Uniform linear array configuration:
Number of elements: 64
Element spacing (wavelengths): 0.5
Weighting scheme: binomial
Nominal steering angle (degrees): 60
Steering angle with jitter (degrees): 59.155
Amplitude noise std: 0.05
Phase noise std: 0.05

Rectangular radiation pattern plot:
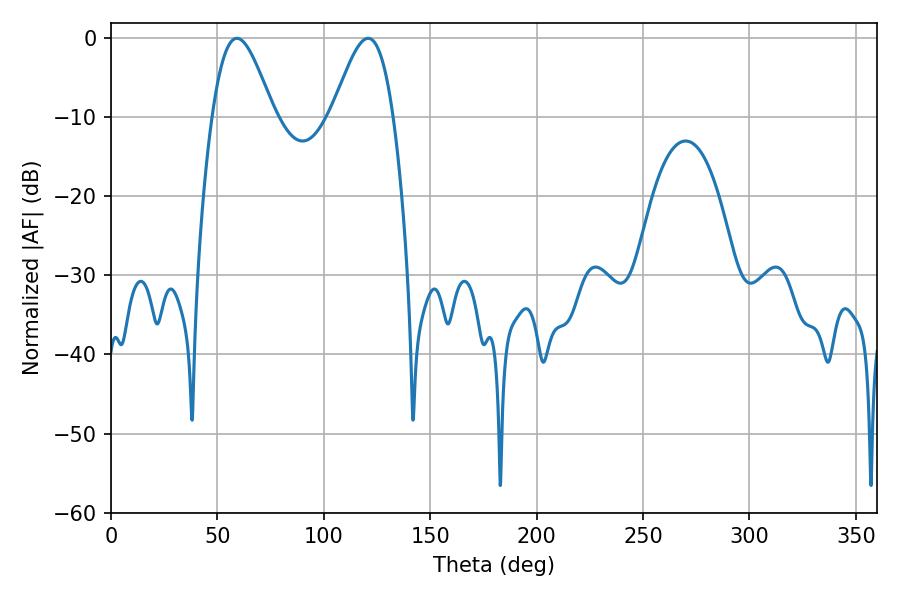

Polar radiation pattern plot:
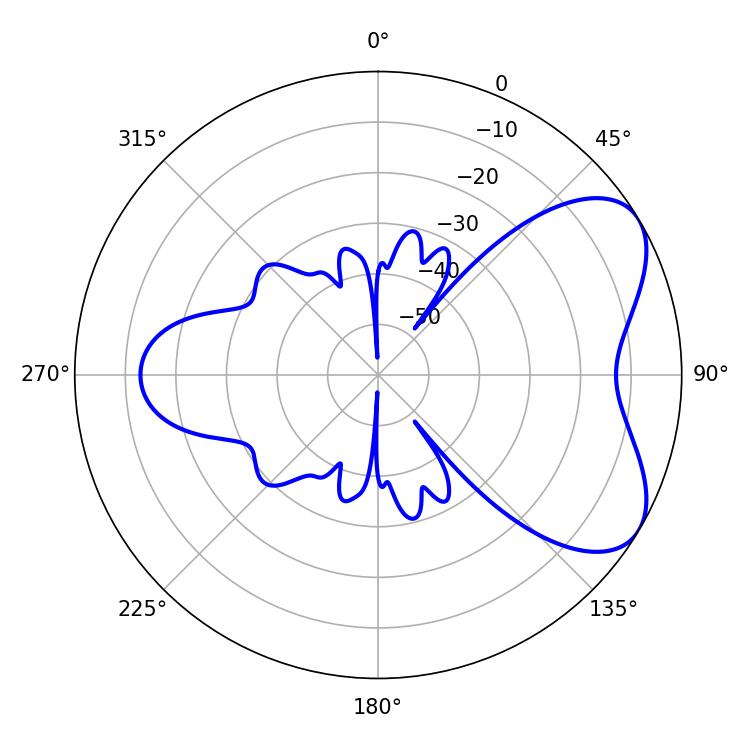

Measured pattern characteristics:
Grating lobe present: FALSE
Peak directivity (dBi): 5.907
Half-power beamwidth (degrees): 15.3
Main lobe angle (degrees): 59.22